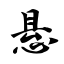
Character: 悬